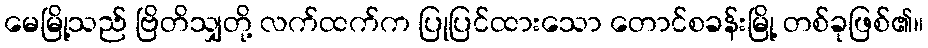
မေမြို့သည် ဗြိတိသျှတို့ လက်ထက်က ပြုပြင်ထားသော တောင်စခန်းမြို့ တစ်ခုဖြစ်၏။